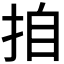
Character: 𭠪